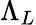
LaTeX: \Lambda_{L}